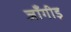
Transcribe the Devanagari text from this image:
जाँगीड़